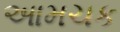
આમચક